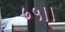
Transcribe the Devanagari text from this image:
७५।।